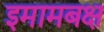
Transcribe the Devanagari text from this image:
इमामबक्ष